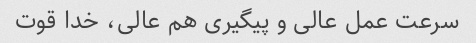
سرعت عمل عالی و پیگیری هم عالی، خدا قوت